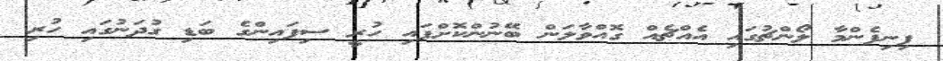
ފިނިފެންމާ ލޯންޗުގައި އެއްޗެއް ގޮއްވާލަން ބޭނުންކޮށްފައި ހުރީ ސިފައިންގެ ބަޑި ގުދަނުގައި ހުރި